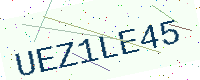
Text: UEZ1LE45